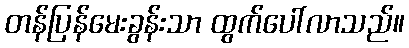
တန်ပြန်မေးခွန်းသာ ထွက်ပေါ်လာသည်။